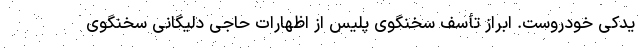
یدکی خودروست. ابراز تأسف سخنگوی پلیس از اظهارات حاجی دلیگانی سخنگوی